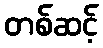
တစ်ဆင့်